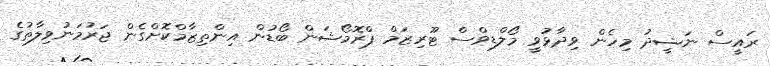
ރައީސް ނަޝީދު މިހެން ވިދާޅުވީ މޯލްޑިވްސް ޓޫރިޒަމް ޕްރޮމޯޝަން ބޯޑުން އިންތިޒާމްކޮށްގެން ޖަރުމަނުވިލާތުގެ